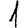
Digit: 1